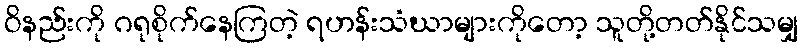
ဝိနည်းကို ဂရုစိုက်နေကြတဲ့ ရဟန်းသံဃာများကိုတော့ သူတို့တတ်နိုင်သမျှ